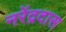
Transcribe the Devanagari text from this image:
नरेंद्रदास